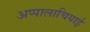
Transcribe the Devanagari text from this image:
अप्पालाचियाई